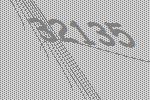
32135